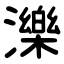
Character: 濼